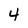
Character: 4